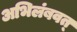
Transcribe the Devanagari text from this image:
अभिलंबवत्‌